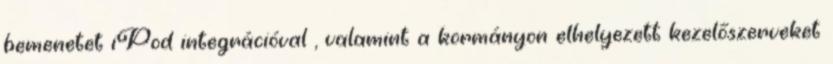
bemenetet iPod integrációval , valamint a kormányon elhelyezett kezelőszerveket